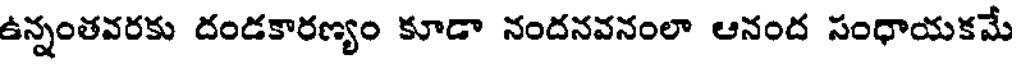
ఉన్నంతవరకు దండకారణ్యం కూడా నందనవనంలా ఆనంద సంధాయకమే